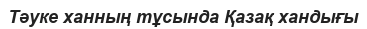
Тәуке ханның тұсында Қазақ хандығы